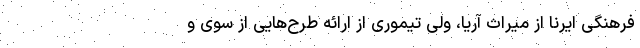
فرهنگی ایرنا از میراث آریا، ولی تیموری از ارائه طرح‌هایی از سوی و